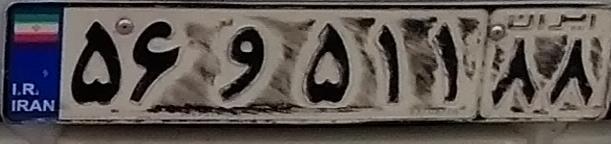
۵۶و۵۱۱۸۸